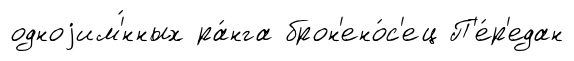
одноjим'́нных ра́нга брон'ено́с'ец П'е́р'едан